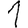
Digit: 1